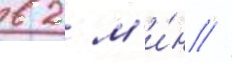
в 2 м'и́н //